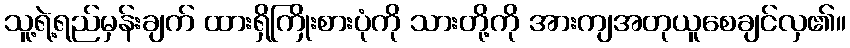
သူ့ရဲ့ရည်မှန်းချက် ထားရှိကြိုးစားပုံကို သားတို့ကို အားကျအတုယူစေချင်လှ၏။